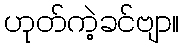
ဟုတ်ကဲ့ခင်ဗျာ။